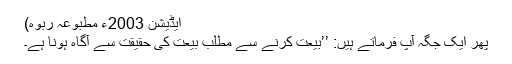
ایڈیشن 2003ء مطبوعہ ربوہ)
پھر ایک جگہ آپ فرماتے ہیں: ’’بیعت کرنے سے مطلب بیعت کی حقیقت سے آگاہ ہونا ہے۔